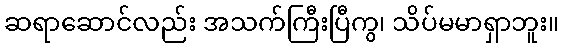
ဆရာဆောင်လည်း အသက်ကြီးပြီကွ၊ သိပ်မမာရှာဘူး။